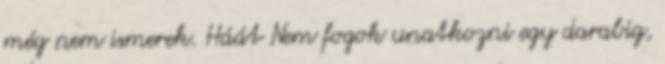
még nem ismerek. Háát Nem fogok unatkozni egy darabig,